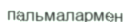
пальмалармен